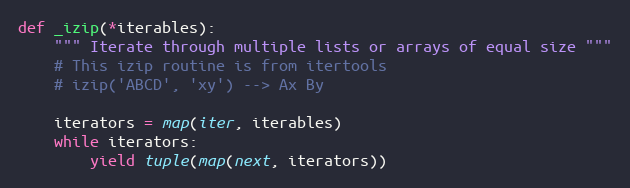
Language: Python
def _izip(*iterables):
    """ Iterate through multiple lists or arrays of equal size """
    # This izip routine is from itertools
    # izip('ABCD', 'xy') --> Ax By

    iterators = map(iter, iterables)
    while iterators:
        yield tuple(map(next, iterators))